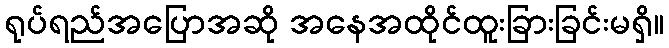
ရုပ်ရည်အပြောအဆို အနေအထိုင်ထူးခြားခြင်းမရှိ။